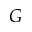
G